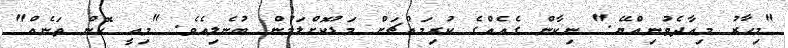
"މިހާރު މިއާދެވުނިއްޔޭ." ނިކާން ގެއެއްގެ ކުރިމައްޗަށް މަޑުކޮށްލަމުން ބުނެލިއެވެ. "މިއީ ކޮން ތަނެއް"